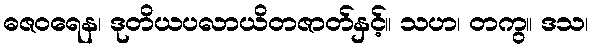
ဓဇဝရေန၊ ဒုတိယပလာယိတဇာတ်နှင့်။ သဟ၊ တကွ။ ဒသ၊